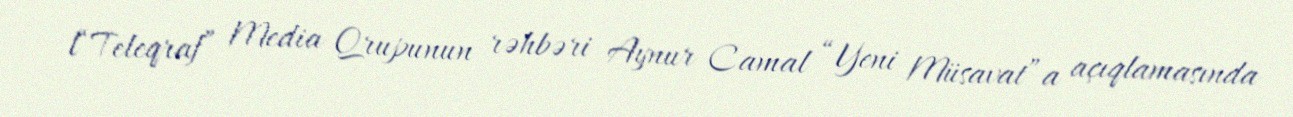
l“Teleqraf” Media Qrupunun rəhbəri Aynur Camal “Yeni Müsavat”a açıqlamasında